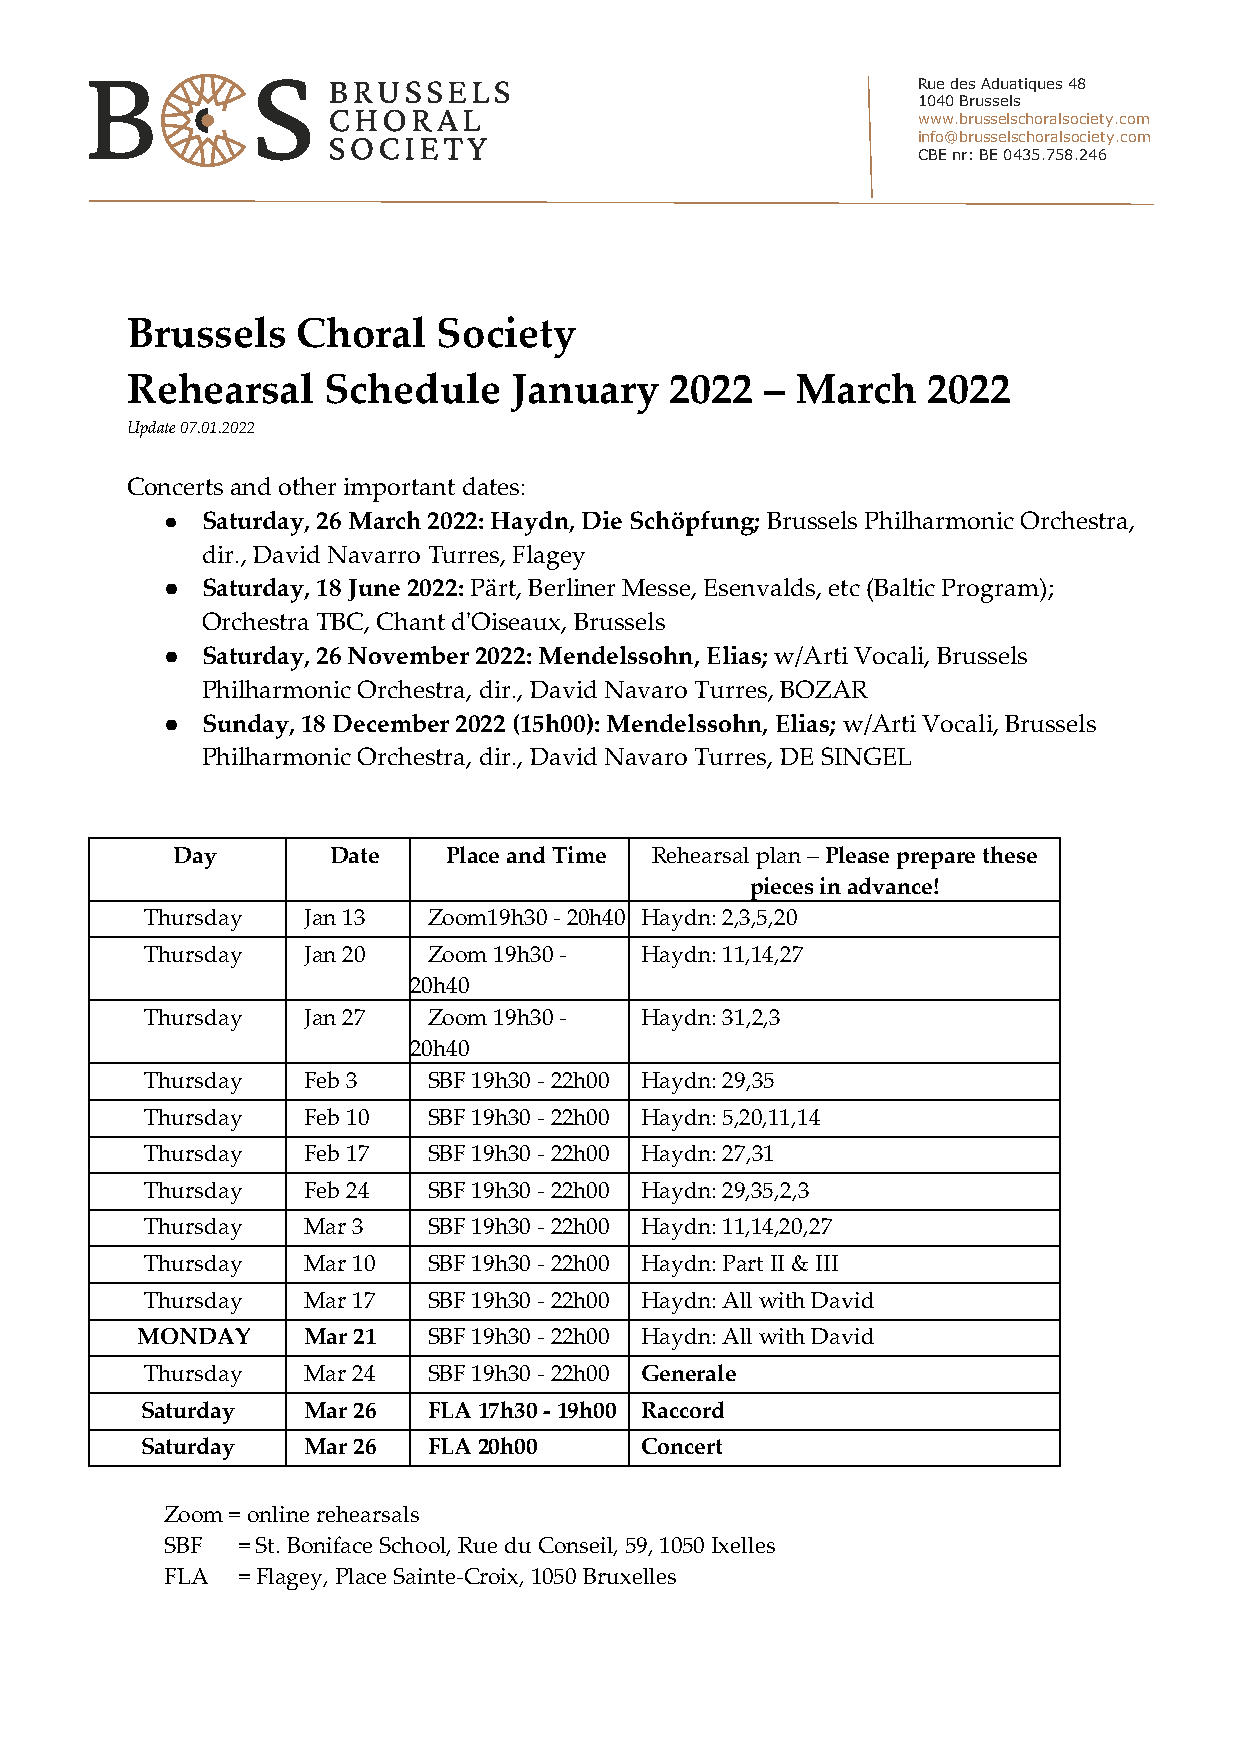
Rue des Aduatiques 48
 1040 Brussels
 www.brusselschoralsociety.com
 info@brusselschoralsociety.com
 CBE nr: BE 0435.758.246
 Brussels    Choral   Society
 Rehearsal    Schedule     January   2022   – March   2022
 Update 07.01.2022
 Concerts and other important dates:
 ● Saturday, 26 March 2022: Haydn, Die Schöpfung; Brussels Philharmonic Orchestra,
 dir., David Navarro Turres, Flagey
 ● Saturday, 18 June 2022: Pärt, Berliner Messe, Esenvalds, etc (Baltic Program);
 Orchestra TBC, Chant d'Oiseaux, Brussels
 ● Saturday, 26 November 2022: Mendelssohn, Elias; w/Arti Vocali, Brussels
 Philharmonic Orchestra, dir., David Navaro Turres, BOZAR
 ● Sunday, 18 December 2022 (15h00): Mendelssohn, Elias; w/Arti Vocali, Brussels
 Philharmonic Orchestra, dir., David Navaro Turres, DE SINGEL
 Day        Date    Place and Time Rehearsal plan – Please prepare these
 pieces in advance!
 Thursday  Jan 13  Zoom19h30 - 20h40 Haydn: 2,3,5,20
 Thursday  Jan 20  Zoom 19h30 -  Haydn: 11,14,27
 20h40
 Thursday  Jan 27  Zoom 19h30 -  Haydn: 31,2,3
 20h40
 Thursday  Feb 3   SBF 19h30 - 22h00 Haydn: 29,35
 Thursday  Feb 10  SBF 19h30 - 22h00 Haydn: 5,20,11,14
 Thursday  Feb 17  SBF 19h30 - 22h00 Haydn: 27,31
 Thursday  Feb 24  SBF 19h30 - 22h00 Haydn: 29,35,2,3
 Thursday  Mar 3   SBF 19h30 - 22h00 Haydn: 11,14,20,27
 Thursday  Mar 10  SBF 19h30 - 22h00 Haydn: Part II & III
 Thursday  Mar 17  SBF 19h30 - 22h00 Haydn: All with David
 MONDAY     Mar 21  SBF 19h30 - 22h00 Haydn: All with David
 Thursday  Mar 24  SBF 19h30 - 22h00 Generale
 Saturday   Mar 26  FLA 17h30 - 19h00 Raccord
 Saturday   Mar 26  FLA 20h00     Concert
 Zoom = online rehearsals
 SBF  = St. Boniface School, Rue du Conseil, 59, 1050 Ixelles
 FLA  = Flagey, Place Sainte-Croix, 1050 Bruxelles